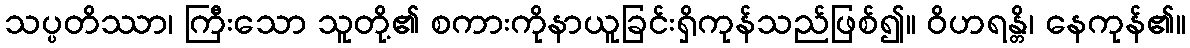
သပ္ပတိဿာ၊ ကြီးသော သူတို့၏ စကားကိုနာယူခြင်းရှိကုန်သည်ဖြစ်၍။ ဝိဟရန္တိ၊ နေကုန်၏။